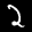
Label: 2